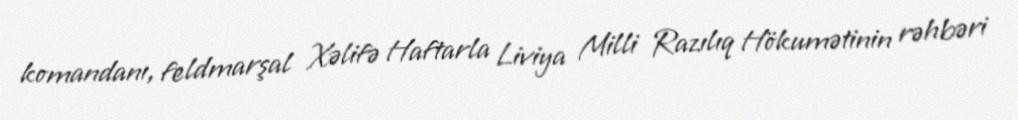
komandanı, feldmarşal Xəlifə Haftarla Liviya Milli Razılıq Hökumətinin rəhbəri